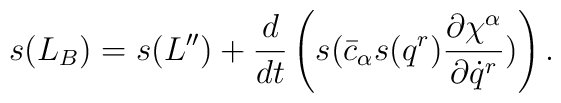
s(L_B) = s(L'') + \frac{d}{dt} \left( s( \bar{c}_\alpha s(q^r)\frac{\partial \chi^\alpha}{\partial \dot q^r}) \right) .